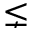
\lneq